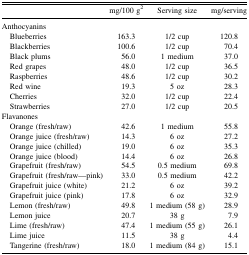
<table><thead><tr><td></td><td><b>mg/100 g<sup>2</sup></b></td><td><b>Serving size</b></td><td><b>mg/serving</b></td></tr></thead><tbody><tr><td>Anthocyanins</td><td></td><td></td><td></td></tr><tr><td> Blueberries</td><td>163.3</td><td>1/2 cup</td><td>120.8</td></tr><tr><td> Blackberries</td><td>100.6</td><td>1/2 cup</td><td>70.4</td></tr><tr><td> Black plums</td><td>56.0</td><td>1 medium</td><td>37.0</td></tr><tr><td> Red grapes</td><td>48.0</td><td>1/2 cup</td><td>36.5</td></tr><tr><td> Raspberries</td><td>48.6</td><td>1/2 cup</td><td>30.2</td></tr><tr><td> Red wine</td><td>19.3</td><td>5 oz</td><td>28.3</td></tr><tr><td> Cherries</td><td>32.0</td><td>1/2 cup</td><td>22.4</td></tr><tr><td> Strawberries</td><td>27.0</td><td>1/2 cup</td><td>20.5</td></tr><tr><td>Flavanones</td><td></td><td></td><td></td></tr><tr><td> Orange (fresh/raw)</td><td>42.6</td><td>1 medium</td><td>55.8</td></tr><tr><td> Orange juice (fresh/raw)</td><td>14.3</td><td>6 oz</td><td>27.2</td></tr><tr><td> Orange juice (chilled)</td><td>19.0</td><td>6 oz</td><td>35.3</td></tr><tr><td> Orange juice (blood)</td><td>14.4</td><td>6 oz</td><td>26.8</td></tr><tr><td> Grapefruit (fresh/raw)</td><td>54.5</td><td>0.5 medium</td><td>69.8</td></tr><tr><td> Grapefruit (fresh/raw—pink)</td><td>33.0</td><td>0.5 medium</td><td>42.2</td></tr><tr><td> Grapefruit juice (white)</td><td>21.2</td><td>6 oz</td><td>39.2</td></tr><tr><td> Grapefruit juice (pink)</td><td>17.8</td><td>6 oz</td><td>32.9</td></tr><tr><td> Lemon (fresh/raw)</td><td>49.8</td><td>1 medium (58 g)</td><td>28.9</td></tr><tr><td> Lemon juice</td><td>20.7</td><td>38 g</td><td>7.9</td></tr><tr><td> Lime (fresh/raw)</td><td>47.4</td><td>1 medium (55 g)</td><td>26.1</td></tr><tr><td> Lime juice</td><td>11.5</td><td>38 g</td><td>4.4</td></tr><tr><td> Tangerine (fresh/raw)</td><td>18.0</td><td>1 medium (84 g)</td><td>15.1</td></tr></tbody></table>